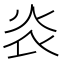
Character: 𤆟